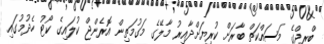
ބްރިޖްގެ މަސައްކަތް ބާރަށް ކުރިޔަށްދާއިރު މާލޭގެ މަގުމަތިން އޮރެންޖް ކުލައިގެ ކޯޓު ހެދުމުގައި